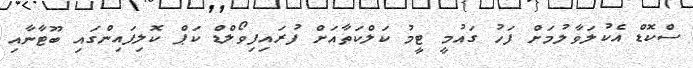
ސްކޮޑް އެކުލަވާލުމަށް ފަހު ގައުމީ ޓީމު ކަލްކަތާއަށް ފުރައިފިވޯލްޑް ކަޕް ކޮލިފައިންގައި ބޫޓާނާއި